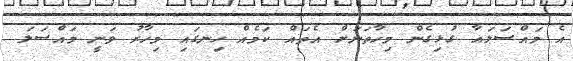
އެ މައްސަލައާ ގުޅިގެން މިހާތަނަށް އެތައް ކަމެއް ހިނގައި މިހާރު ވަނީ މައްސަލަ